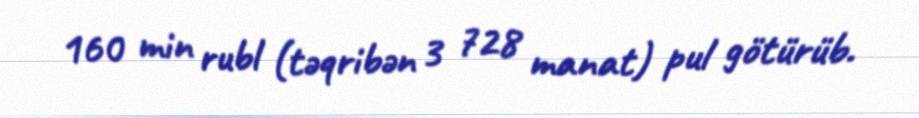
160 min rubl (təqribən 3 728 manat) pul götürüb.